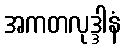
အကတလုဒ္ဒါနံ